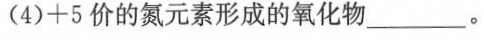
(4)+5价的氮元素形成的氧化物\underline。